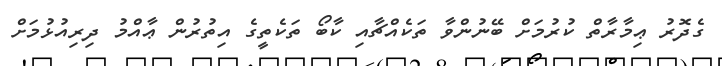
ގެދޮރު ޢިމާރާތް ކުރުމަށް ބޭނުންވާ ތަކެއްޗާއި ކާބޯ ތަކެތީގެ އިތުރުން ޢާއްމު ދިރިއުޅުމަށް